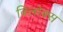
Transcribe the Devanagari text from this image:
विलोक्स